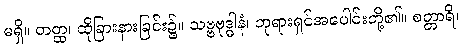
မရှိ။ တတ္ထ၊ ထိုခြားနားခြင်း၌။ သဗ္ဗဗုဒ္ဓါနံ၊ ဘုရားရှင်အပေါင်းတို့၏။ စတ္တာရိ၊